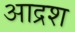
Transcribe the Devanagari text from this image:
आद्रश